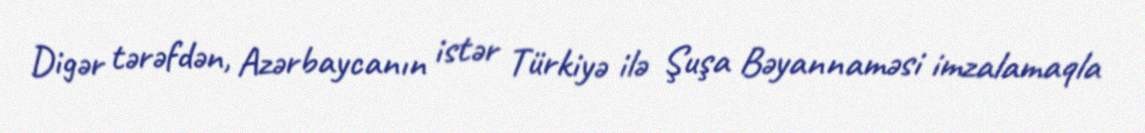
Digər tərəfdən, Azərbaycanın istər Türkiyə ilə Şuşa Bəyannaməsi imzalamaqla